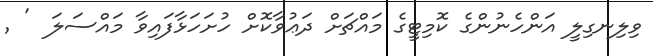
ވިލިނގިލީ އަންހެނުންގެ ކޮމިޓީގެ މައްޗަށް ދަޢުވާކޮށް ހުށަހަޅާފައިވާ މައްސަލަ  '